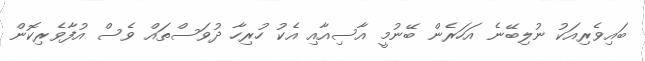
ބައިވެރިއަކު ނުލިބޭނެ އަހަރެން ބޭނުމީ އާސިއާއި އެކު ހުރިހާ ދުވަސްތައް ވެސް އުފާވެރިކޮން